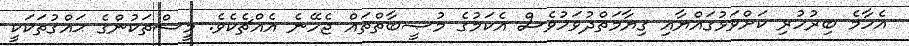
އެހާމެ ބިރުހުރި ކަށްވަޅުގައްޔާއި ޤިޔާމަތްދުވަހުވެސް އެކަމުގެ މުޞީބާތްތައް ޖެހޭނެ އެއްޗެކެވެ. މީސްތަކުންގެ ޙައްޤުތަކަކީ